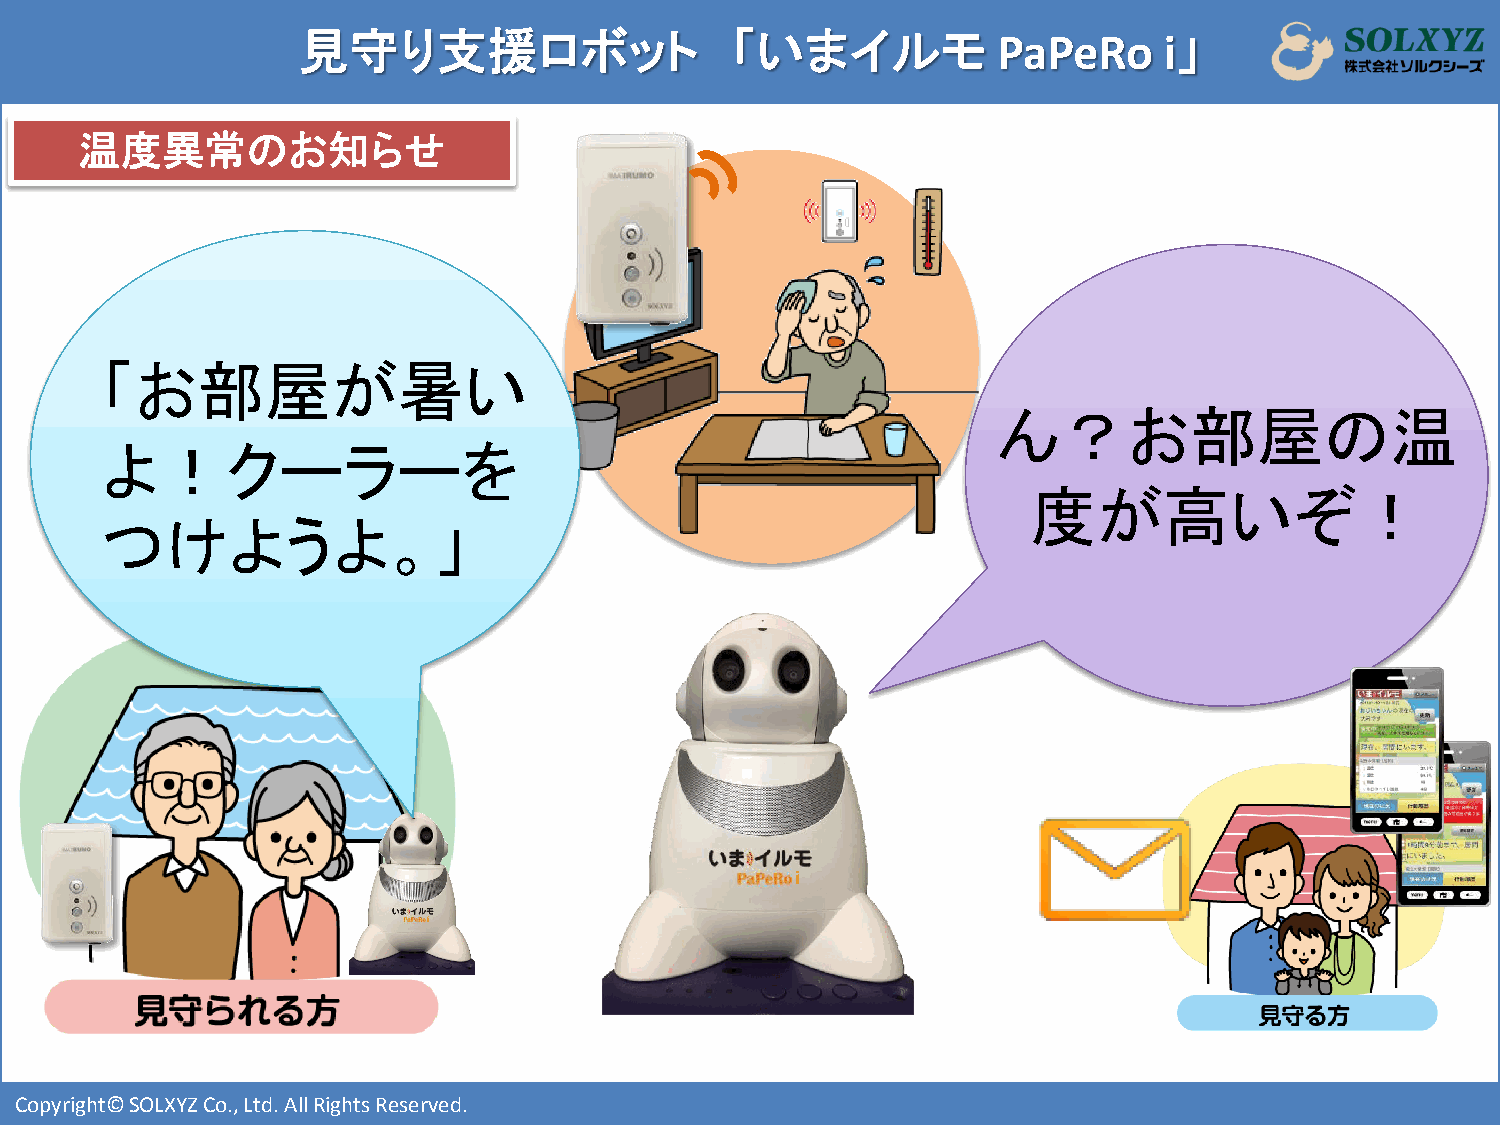
見守り支援ロボット                   「いまイルモ            PaPeRo     i」
 温度異常のお知らせ
 「お部屋が暑い
 ん？お部屋の温
 よ！クーラーを
 度が高いぞ！
 つけようよ。」
 i
 i
 Copyright© SOLXYZ Co., Ltd. All Rights Reserved.